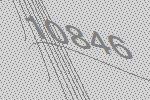
10846